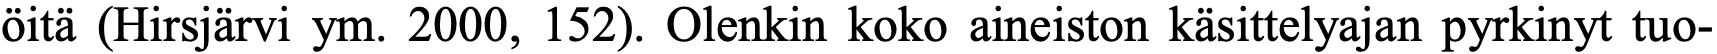
öitä (Hirsjärvi ym. 2000, 152). Olenkin koko aineiston käsittelyajan pyrkinyt tuo-